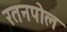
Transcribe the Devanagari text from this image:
रतनपोल